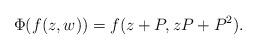
LaTeX: \begin{align*} \Phi(f(z,w)) = f(z+P, zP + P^{2}). \end{align*}